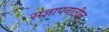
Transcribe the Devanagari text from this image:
संज्ञापनातील